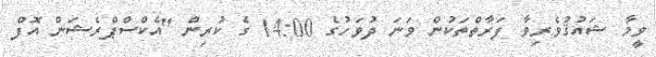
ވީމާ ޝައުޤުވެރިވާ ފަރާތްތަކުން ވަނަ ދުވަހުގެ 14:00 ގެ ކުރިން "އެކްސްޕްރެޝަން އޮފް